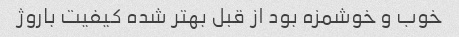
خوب و خوشمزه بود از قبل بهتر شده کیفیت باروژ